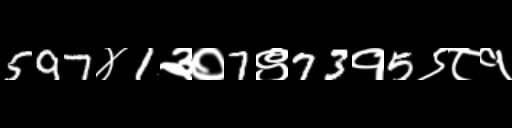
Text: 597४1३०7९73१5९८१